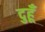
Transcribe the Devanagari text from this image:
दुहूँ